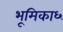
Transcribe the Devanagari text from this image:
भूमिका६